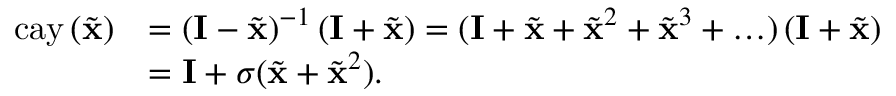
\begin{array} { r l } { \mathrm { c a y } \left( \tilde { \mathbf { x } } \right) } & { = \left( \mathbf { I } - \tilde { \mathbf { x } } \right) ^ { - 1 } \left( \mathbf { I } + \tilde { \mathbf { x } } \right) = ( \mathbf { I } + \tilde { \mathbf { x } } + \tilde { \mathbf { x } } ^ { 2 } + \tilde { \mathbf { x } } ^ { 3 } + \ldots ) \left( \mathbf { I } + \tilde { \mathbf { x } } \right) } \\ & { = \mathbf { I } + \sigma ( \tilde { \mathbf { x } } + \tilde { \mathbf { x } } ^ { 2 } ) . } \end{array}